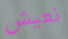
نعيش